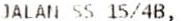
JALAN SS 15/4B,